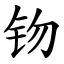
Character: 䥼